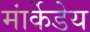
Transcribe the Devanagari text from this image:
मांर्केडेय